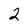
Character: 2